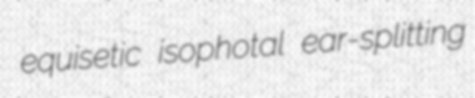
equisetic isophotal ear-splitting